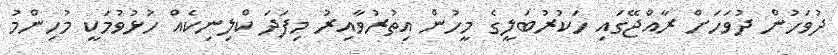
ދުވަހުން ދުވަހަށް ރާއްޖޭގައި ހަކުރުބަލީގެ މީހުން އިތުރުވާއިރު މިފަދަ ކްލިނިކެއް ހުޅުވުމަކީ މުހިންމު